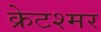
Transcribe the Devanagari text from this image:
क्रेटश्मर